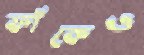
ফাঁকেও